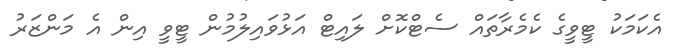
އެކަމަކު ޓީވީގެ ކެމެރާތައް ސެޓްކޮށް ލައިޓް އަޅުވައިލުމުން ޓީވީ އިން އެ މަންޒަރު